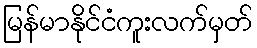
မြန်မာနိုင်ငံကူးလက်မှတ်